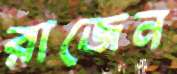
রাজেন